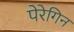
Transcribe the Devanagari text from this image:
पेरेगिन